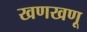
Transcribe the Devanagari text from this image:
खणखणू